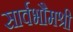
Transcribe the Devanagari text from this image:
सार्वभौमश्री